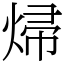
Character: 㷌